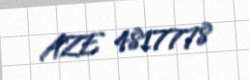
AZE 4817778